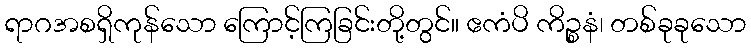
ရာဂအစရှိကုန်သော ကြောင့်ကြခြင်းတို့တွင်။ ဧကံပိ ကိဉ္စနံ၊ တစ်ခုခုသော